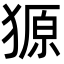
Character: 獂